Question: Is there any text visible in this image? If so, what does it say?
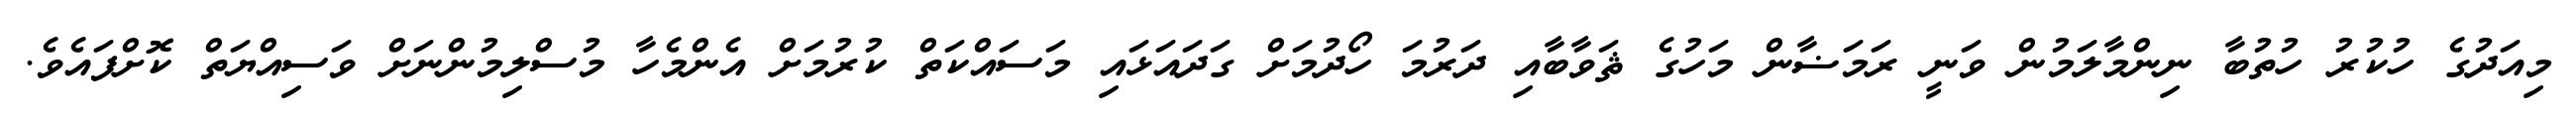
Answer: މިއަދުގެ ހުކުރު ހުތުބާ ނިންމާލަމުން ވަނީ ރަމަޟާން މަހުގެ ޘަވާބާއި ދަރުމަ ހޯދުމަށް ގަދައަޅައި މަސައްކަތް ކުރުމަށް އެންމެހާ މުސްލިމުންނަށް ވަސިއްޔަތް ކޮށްފައެވެ.